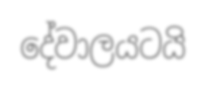
දේවාලයටයි